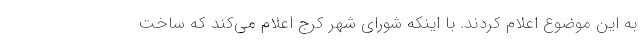
به این موضوع اعلام کردند. با اینکه شورای شهر کرج اعلام می‌کند که ساخت